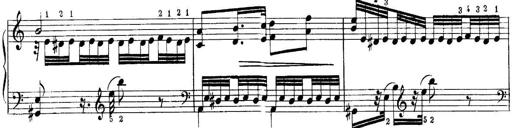
Title: Quatres sonatines
Composer: Tadeusz Joteyko